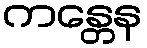
ကန္တေန